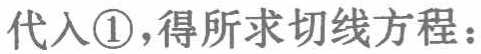
代入\textcircled{1},得所求切线方程：